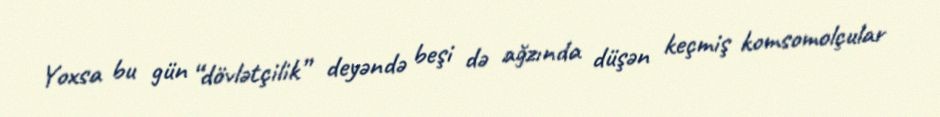
Yoxsa bu gün “dövlətçilik” deyəndə beşi də ağzında düşən keçmiş komsomolçular